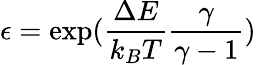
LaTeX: \epsilon=\exp(\frac{\Delta E}{k_{B}T}\frac{\gamma}{\gamma-1})